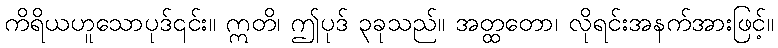
ကိရိယဟူသောပုဒ်၎င်း။ ဣတိ၊ ဤပုဒ် ၃ခုသည်။ အတ္ထတော၊ လိုရင်းအနက်အားဖြင့်။